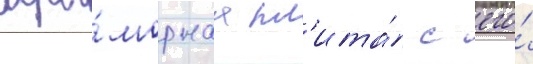
мра́морнаа пл'ита́ с его́